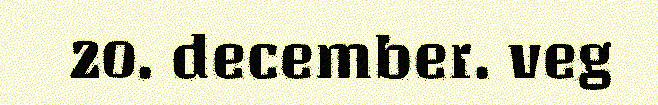
20. december. veg